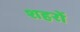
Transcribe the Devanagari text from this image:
शहरों